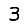
Digit: 3